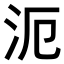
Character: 𣲣